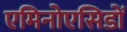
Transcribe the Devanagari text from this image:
एमिनोएसिडों